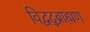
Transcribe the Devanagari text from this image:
विद्वद्ब्राह्मण